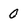
Character: 0